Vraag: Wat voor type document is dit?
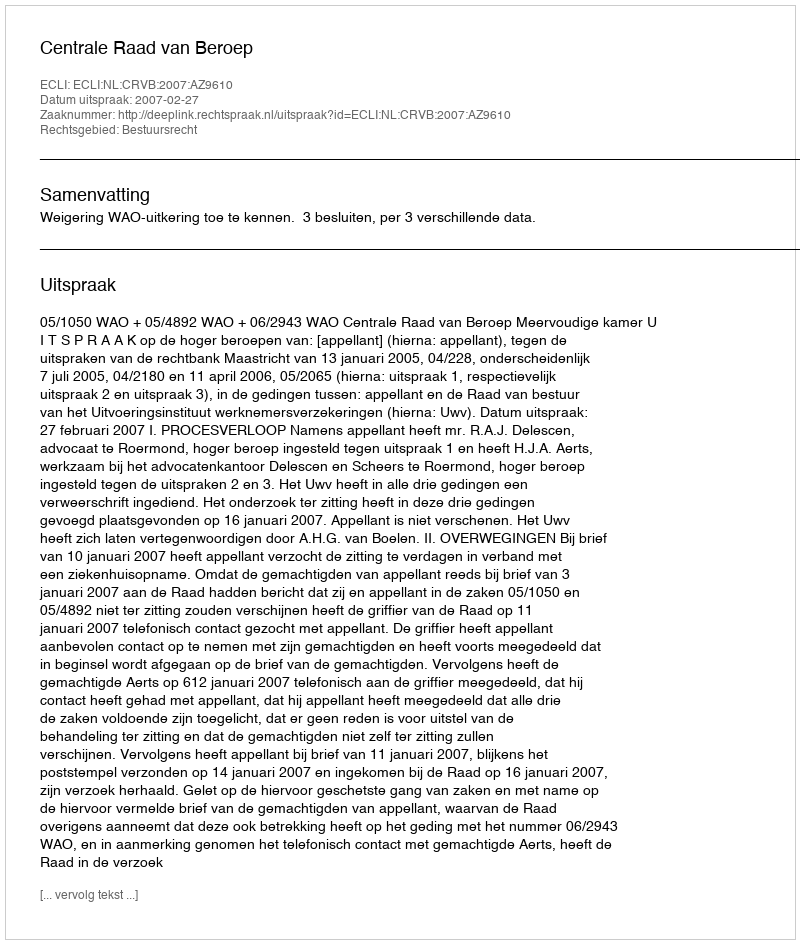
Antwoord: Uitspraak